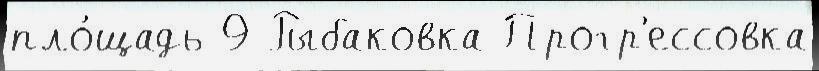
пло́щадь 9 Рыбаковка Прогр'ессовка